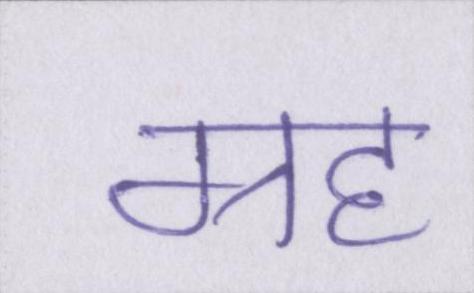
ग्रह